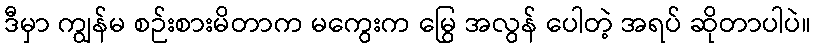
ဒီမှာ ကျွန်မ စဉ်းစားမိတာက မကွေးက မြွေ အလွန် ပေါတဲ့ အရပ် ဆိုတာပါပဲ။